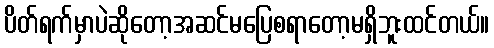
ပိတ်ရက်မှာပဲဆိုတော့အဆင်မပြေစရာတော့မရှိဘူးထင်တယ်။